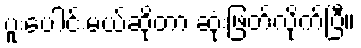
ပူးပေါင်းမယ်ဆိုတာ ဆုံးဖြတ်လိုက်ပြီ။